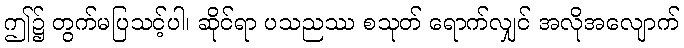
ဤ၌ တွက်မပြသင့်ပါ၊ ဆိုင်ရာ ပသညဿ စသုတ် ရောက်လျှင် အလိုအလျောက်